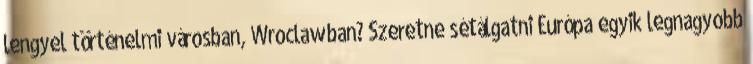
lengyel történelmi városban, Wroclawban? Szeretne sétálgatni Európa egyik legnagyobb